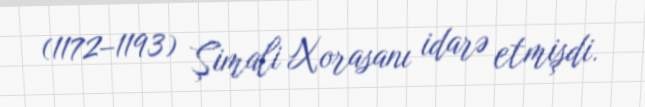
(1172–1193) Şimali Xorasanı idarə etmişdi.